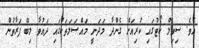
އެވެ. ސިވިލް ކޯޓުގައި ކުރިއަށް ގެންދާ މަދަނީ މައްސަލަތަކުގައި ދައުވާ ލިބޭ ފަރާތުން